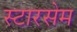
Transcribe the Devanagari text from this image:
स्टारसेम